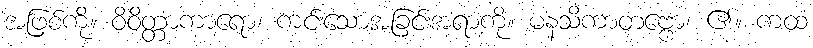
အဖြစ်ကို။ ဝိဝိတ္တာကာရော၊ ကင်းသောအခြင်းအရာကို။ မနသိကာတဗ္ဗော၊ ၏။ ကထံ